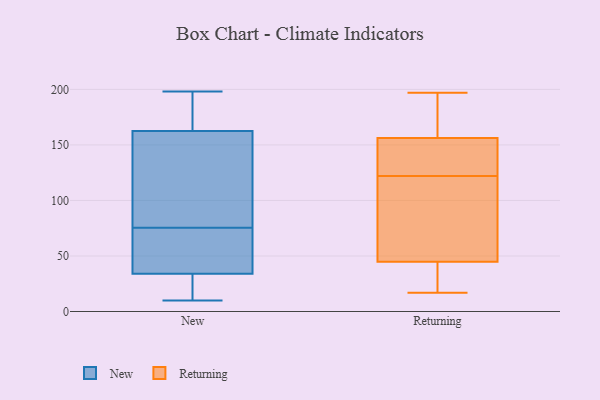
{"axis": {"x": "Operating Costs (USD K)", "y": "Value"}, "legend": ["New", "Returning"], "data": [{"x": "", "y": 61, "type": "New"}, {"x": "", "y": 47, "type": "New"}, {"x": "", "y": 10, "type": "New"}, {"x": "", "y": 147, "type": "New"}, {"x": "", "y": 181, "type": "New"}, {"x": "", "y": 26, "type": "New"}, {"x": "", "y": 78, "type": "New"}, {"x": "", "y": 82, "type": "New"}, {"x": "", "y": 198, "type": "New"}, {"x": "", "y": 16, "type": "New"}, {"x": "", "y": 122, "type": "New"}, {"x": "", "y": 38, "type": "New"}, {"x": "", "y": 30, "type": "New"}, {"x": "", "y": 178, "type": "New"}, {"x": "", "y": 191, "type": "New"}, {"x": "", "y": 73, "type": "New"}, {"x": "", "y": 121, "type": "Returning"}, {"x": "", "y": 127, "type": "Returning"}, {"x": "", "y": 120, "type": "Returning"}, {"x": "", "y": 195, "type": "Returning"}, {"x": "", "y": 35, "type": "Returning"}, {"x": "", "y": 193, "type": "Returning"}, {"x": "", "y": 110, "type": "Returning"}, {"x": "", "y": 151, "type": "Returning"}, {"x": "", "y": 19, "type": "Returning"}, {"x": "", "y": 141, "type": "Returning"}, {"x": "", "y": 48, "type": "Returning"}, {"x": "", "y": 123, "type": "Returning"}, {"x": "", "y": 17, "type": "Returning"}, {"x": "", "y": 122, "type": "Returning"}, {"x": "", "y": 29, "type": "Returning"}, {"x": "", "y": 172, "type": "Returning"}, {"x": "", "y": 197, "type": "Returning"}]}